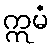
ဣမံ